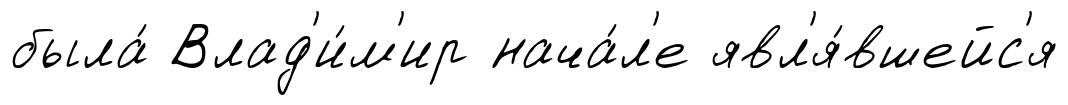
была́ Влад'и́м'ир нача́л'е явл'я́вшейс'я